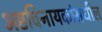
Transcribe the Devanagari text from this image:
अष्टविनायकांमधील